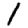
Digit: 1